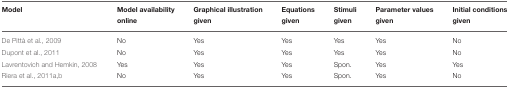
<table><thead><tr><td><b>Model</b></td><td><b>Model availability online</b></td><td><b>Graphical illustration given</b></td><td><b>Equations given</b></td><td><b>Stimuli given</b></td><td><b>Parameter values given</b></td><td><b>Initial conditions given</b></td></tr></thead><tbody><tr><td>De Pittà et al., 2009</td><td>No</td><td>Yes</td><td>Yes</td><td>Yes</td><td>Yes</td><td>No</td></tr><tr><td>Dupont et al., 2011</td><td>No</td><td>Yes</td><td>Yes</td><td>Yes</td><td>Yes</td><td>No</td></tr><tr><td>Lavrentovich and Hemkin, 2008</td><td>Yes</td><td>Yes</td><td>Yes</td><td>Spon.</td><td>Yes</td><td>Yes</td></tr><tr><td>Riera et al., 2011a,b</td><td>No</td><td>Yes</td><td>Yes</td><td>Spon.</td><td>Yes</td><td>No</td></tr></tbody></table>